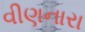
વીણનારા